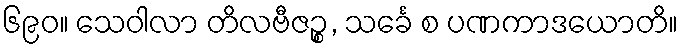
၆၉၀။ သေဝါလာ တိလဗီဇဉ္စ, သင်္ခေ စ ပဏကာဒယောတိ။